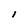
Character: I